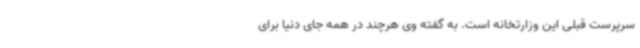
سرپرست قبلی این وزارتخانه است. به گفته وی هرچند در همه جای دنیا برای